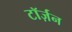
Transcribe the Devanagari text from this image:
टॉर्ज़न